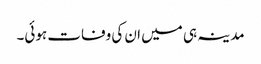
مدینہ ہی میں ان کی وفات ہوئی۔